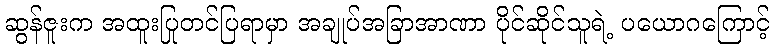
ဆွန်ဇူးက အထူးပြုတင်ပြရာမှာ အချုပ်အခြာအာဏာ ပိုင်ဆိုင်သူရဲ့ ပယောဂကြောင့်